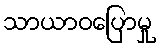
သာယာဝပြောမှု